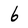
Character: 6